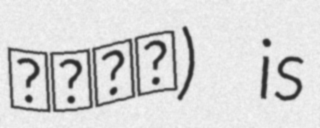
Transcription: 不凡的爱) is